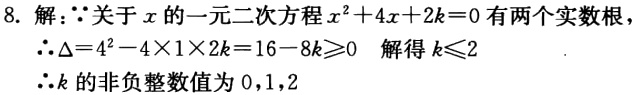
8. 解：$\because$关于$x$的一元二次方程$x^{2}+4x + 2k = 0$有两个实数根
$\therefore\Delta = 4^{2}-4\times1\times2k = 16 - 8k\geqslant0$ 解得$k\leqslant2$
$\therefore k$的非负整数值为$0,1,2$